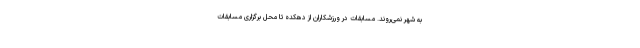
به شهر نمی‌روند. مسابقات در ورزشکاران از دهکده تا محل برگزاری مسابقات